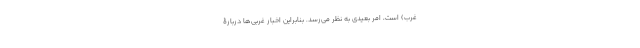
غرب) است، امر بعیدی به نظر می‌رسد. بنابراین اخبار غربی‌ها دربارۀ